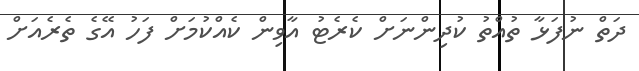
ދަތް ނުފަޅާ ތުއްތު ކުދިންނަށް ކެރެޓު އާވިން ކެއްކުމަށް ފަހު އޭގެ ތެރެއަށް